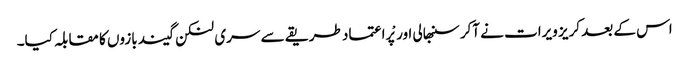
اس کے بعد کریز ویرات نے آکر سنبھالی اور پْراعتماد طریقے سے سری لنکن گیند بازوں کا مقابلہ کیا۔